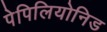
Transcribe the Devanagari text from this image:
पेपिलियोनिड